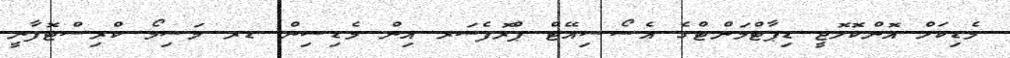
މެޑިކަލް އޮންކޮލޮޖީ ޑިޕާޓްމަންޓްގެ އެސޯސިއޭޓް ޕްރޮފެސަރ އިން މެޑިސިން ޑރ މަސިމޯ ކްރިސްޓޮފާނީ